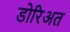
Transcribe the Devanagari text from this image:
डोरिअत